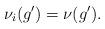
LaTeX: \begin{align*}\nu_i(g')=\nu(g').\end{align*}